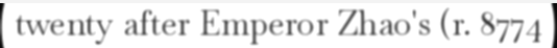
twenty after Emperor Zhao's (r. 8774